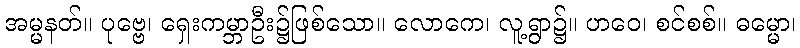
အမ္မနတ်။ ပုဗ္ဗေ၊ ရှေးကမ္ဘာဦး၌ဖြစ်သော။ လောကေ၊ လူ့ရွာ၌။ ဟဝေ၊ စင်စစ်။ ဓမ္မော၊